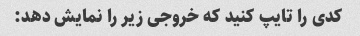
کدی را تایپ کنید که خروجی زیر را نمایش دهد: